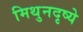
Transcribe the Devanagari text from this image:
मिथुनदृष्ये